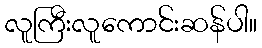
လူကြီးလူကောင်းဆန်ပါ။